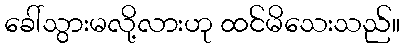
ခေါ်သွားမလို့လားဟု ထင်မိသေးသည်။